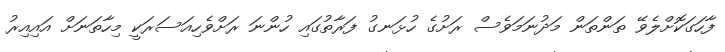
ފާހަގަކޮށްލެވޭ ތަންތަން މަދުނަމަވެސް ރަށުގެ ހުޅަނގު ފަރާތުގައި ހުންނަ ރަށްވެހިއަސަރަކީ މިހާތަނަށް އައިއިރު